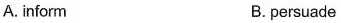
A. inform B. persuade